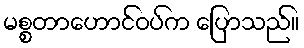
မစ္စတာဟောင်ဝပ်က ပြောသည်။